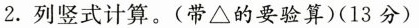
2.列竖式计算。(带△的要验算)(13分)